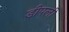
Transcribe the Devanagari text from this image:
डीपली